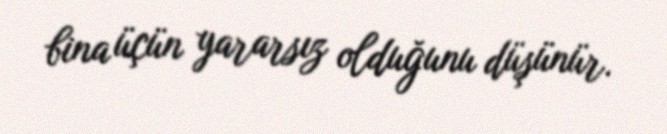
bina üçün yararsız olduğunu düşünür.